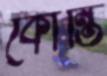
কোন্তি